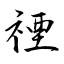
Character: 禋